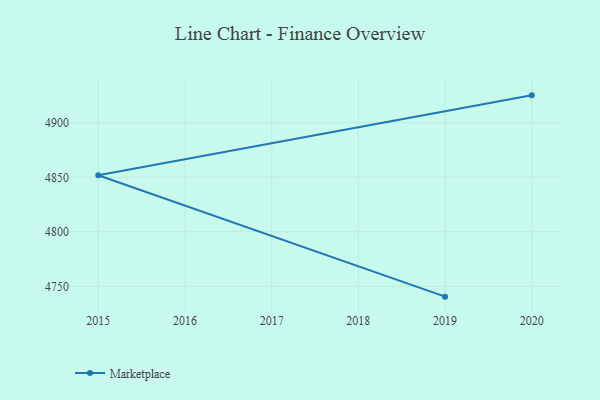
{"axis": {"x": "Year", "y": "Energy Usage (MWh)"}, "legend": ["Marketplace"], "data": [{"x": "2020", "y": 4925.2, "type": "Marketplace"}, {"x": "2015", "y": 4851.9, "type": "Marketplace"}, {"x": "2019", "y": 4740.5, "type": "Marketplace"}]}